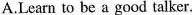
A.Learn to be a good talker.